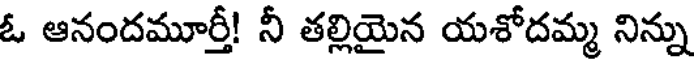
ఓ ఆనందమూర్తీ! నీ తల్లియైన యశోదమ్మ నిన్ను